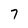
Character: 7